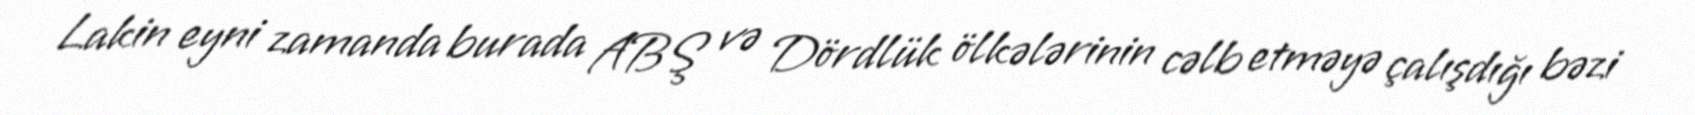
Lakin eyni zamanda burada ABŞ və Dördlük ölkələrinin cəlb etməyə çalışdığı bəzi